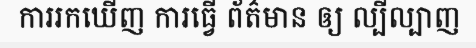
ការរកឃើញ ការធ្វើ ព័ត៌មាន ឲ្យ ល្បីល្បាញ